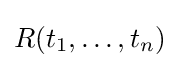
R(t_{1},\dots ,t_{n})